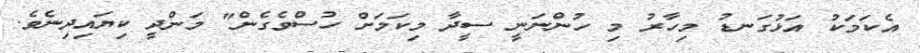
އެކަމަކު އަޅުގަނޑު މިހާރު މި ހުންނަނީ ސީދާ މިކަމަށް ހުސްވެގެން" މަންދީ ކިޔައިދިނެވެ.